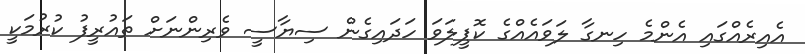
އެއިރެއްގައި އެންމެ ހިނގާ ލަވައެއްގެ ކޮޕީލަވަ ހަދައިގެން ސިޔާސީ ވެރިންނަށް ތައުރީފު ކުރުމަކީ